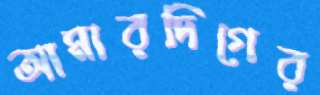
আমারদিগের